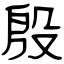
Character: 殷